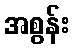
အစွန်း